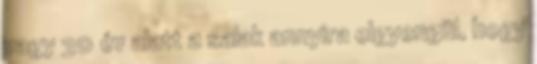
vagy 30 év alatt a salak annyira elgyengül, hogy